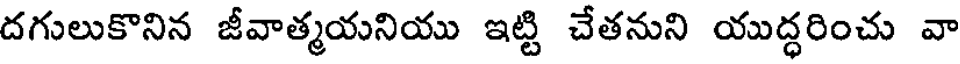
దగులుకొనిన జీవాత్మయనియు ఇట్టి చేతనుని యుద్ధరించు వా